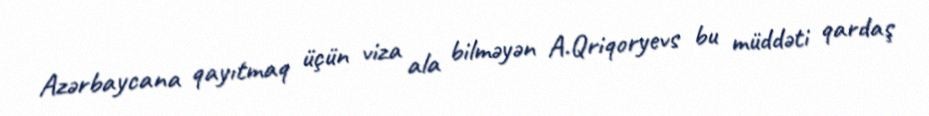
Azərbaycana qayıtmaq üçün viza ala bilməyən A.Qriqoryevs bu müddəti qardaş